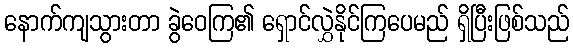
နောက်ကျသွားတာ ခွဲဝေကြ၏ ရှောင်လွှဲနိုင်ကြပေမည် ရှိပြီးဖြစ်သည်